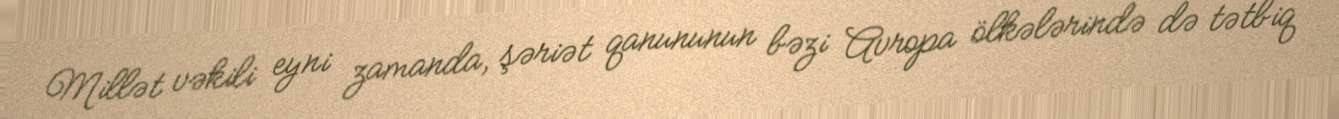
Millət vəkili eyni zamanda, şəriət qanununun bəzi Avropa ölkələrində də tətbiq